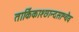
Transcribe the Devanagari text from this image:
तार्किकाश्छान्दसाश्चैव